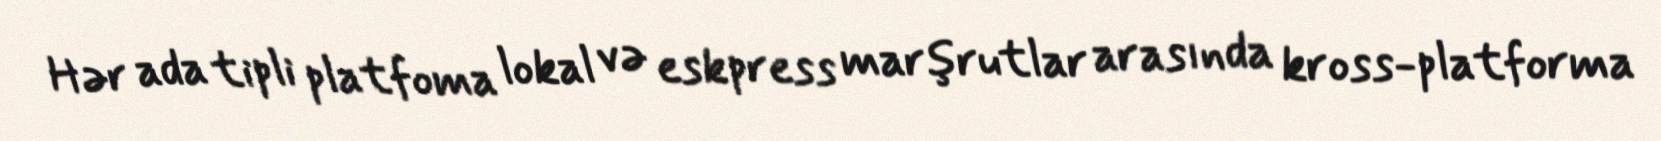
Hər ada tipli platfoma lokal və eskpress marşrutlar arasında kross-platforma